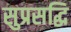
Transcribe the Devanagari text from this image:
सुप्रसद्धि